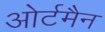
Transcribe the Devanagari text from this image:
ओर्टमैन